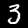
Label: 3